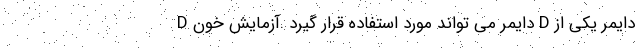
D دایمر می تواند مورد استفاده قرار گیرد .آزمایش خون D دایمر یکی از